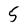
Character: 5